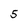
Character: 5